Report of an investigation of the epidemic of malarial fever in Assam, or, kala-azar
Disease focus: Malaria
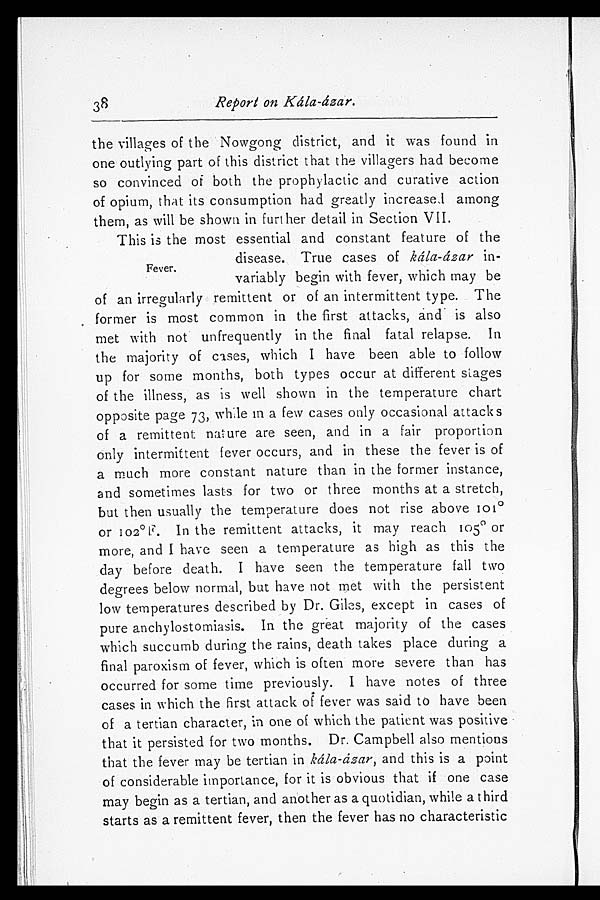
38
Report on Kála-ázar.
the villages of the Nowgong district, and it was found in
one outlying part of this district that the villagers had become
so convinced of both the prophylactic and curative action
of opium, that its consumption had greatly increased among
them, as will be shown in further detail in Section VII.
This is the most essential and constant feature of the
disease. True cases of kálá-ázar in-
Fever,
variably begin with fever, which may be
of an irregularly remittent or of an intermittent type. The
former is most common in the first attacks, and is also
met with not unfrequently in the final fatal relapse. In
the majority of cases, which I have been able to follow
up for some months, both types occur at different stages
of the illness, as is well shown in the temperature chart
opposite page 73, while in a few cases only occasional attacks
of a remittent: nature are seen, and in a fair proportion
only intermittent fever occurs, and in these the fever is of
a much more constant nature than in the former instance,
and sometimes lasts for two or three months at a stretch,
but then usually the temperature does not rise above io1°o
r 102°F. In the remittent attacks, it may reach 105° or
more, and I have seen a temperature as high as this the
day before death. I have seen the temperature fall two
degrees below normal, but have not met with the persistent
low temperatures described by Dr. Giles, except in cases of
pure anchylostomiasis. In the great majority of the cases
which succumb during the rains, death takes place during a
final paroxism of fever, which is often more severe than has
occurred for some time previously. I have notes of three
cases in which the first attack of fever was said to have been
of a tertian character, in one of which the patient was positive
that it persisted for two months. Dr. Campbell also mentions
that the fever may be tertian in kála-ázar, and this is a point
of considerable importance, for it is obvious that if one case
may begin as a tertian, and another as a quotidian, while a third
starts as a remittent fever, then the fever has no characteristic
i f